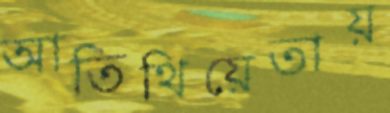
আতিথিয়েতায়